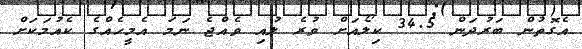
އެގޮތުން ބަރުދަން 34.5 ކިލޯއަށް ވުރެ ލުއި ވެއްޖެ ނަމަ އެމީހެއްގެ ކެއުމަކަށް